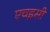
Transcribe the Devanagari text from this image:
एचइसी